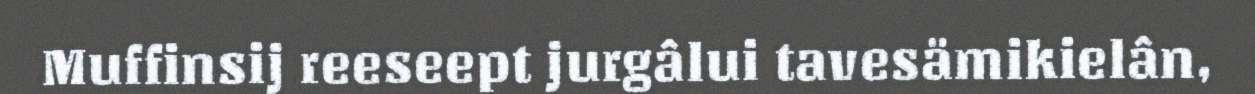
Muffinsij reeseept jurgâlui tavesämikielân,